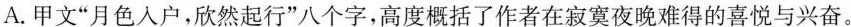
A.甲文”月色入户，欣然起行”八个字，高度概括了作者在寂寞夜晚难得的喜悦与兴奋。